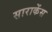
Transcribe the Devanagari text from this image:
साराकेंस